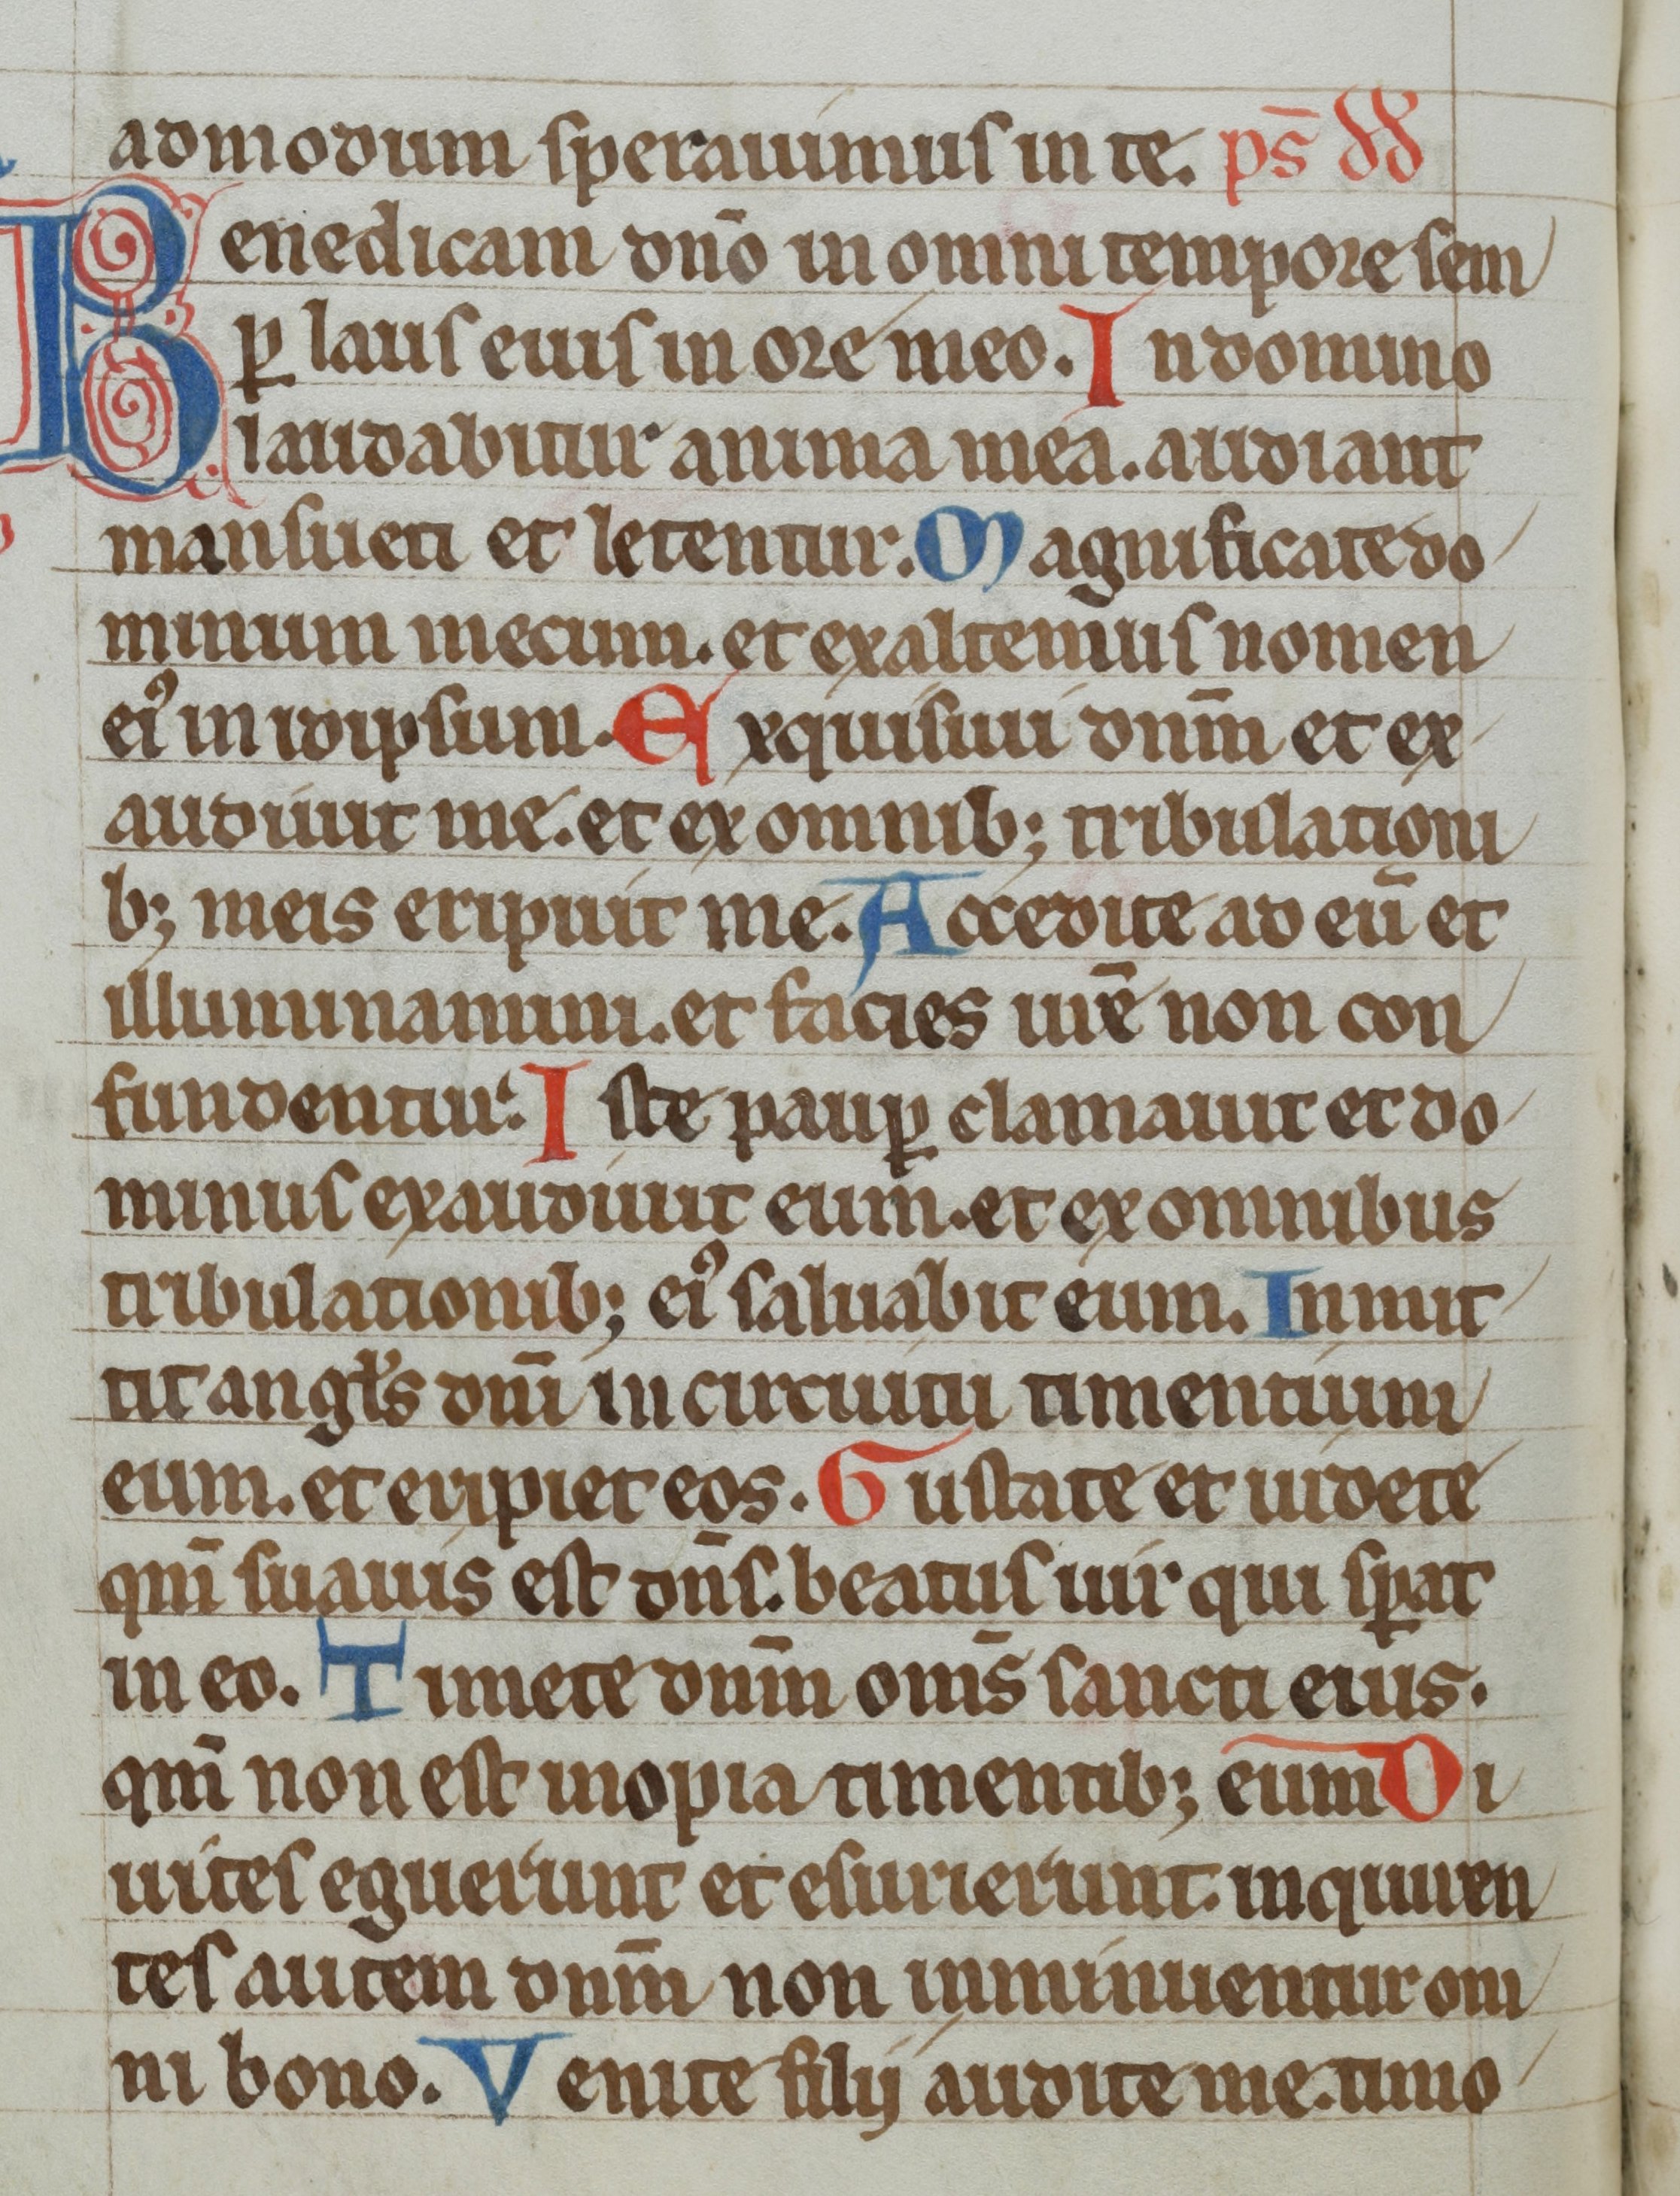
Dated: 1300–1399